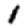
Digit: 1